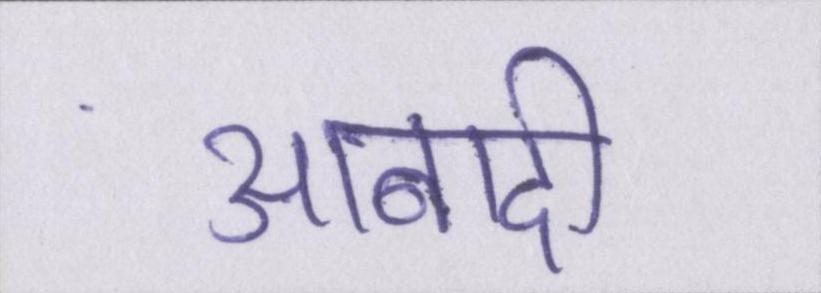
आबादी